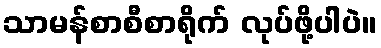
သာမန်စာစီစာရိုက် လုပ်ဖို့ပါပဲ။